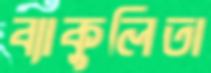
ব্যাকুলিতা